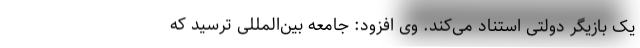
یک بازیگر دولتی استناد می‌کند. وی افزود: جامعه بین‌المللی ترسید که